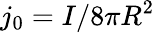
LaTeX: j_{0}=I/8\pi R^{2}